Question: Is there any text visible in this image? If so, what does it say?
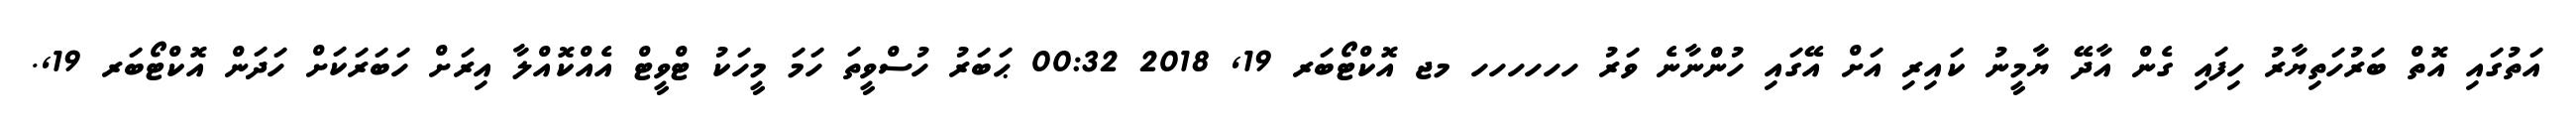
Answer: އަތުގައި އޮތް ބަރުހަތިޔާރު ހިފައި ގެން އާދޭ ޔާމީނު ކައިރި އަށް އޭގައި ހުންނާނެ ވަރު ހހހހހހ މޖ އޮކްޓޯބަރ 19, 2018 00:32 ޙަބަރު ހުސްވީތަ ހަމަ މީހަކު ޓްވީޓް އެއްކޮއްލާ އިރަށް ހަބަރަކަށް ހަދަން އޮކްޓޯބަރ 19,.